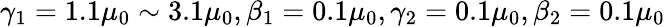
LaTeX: \gamma_{1}=1.1\mu_{0}\sim 3.1\mu_{0},\beta_{1}=0.1\mu_{0},\gamma_{2}=0.1\mu_{0},\beta_{2}=0.1\mu_{0}